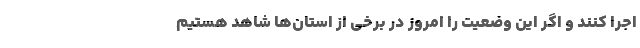
اجرا کنند و اگر این وضعیت را امروز در برخی از استان‌‌ها شاهد هستیم